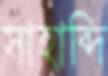
সাহাব্দি